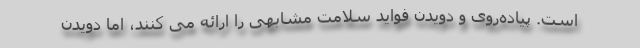
است. پیاده‌روی و دویدن فواید سلامت مشابهی را ارائه می کنند، اما دویدن